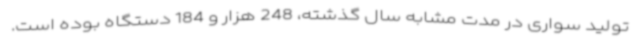
تولید سواری در مدت مشابه سال گذشته، 248 هزار و 184 دستگاه بوده است.